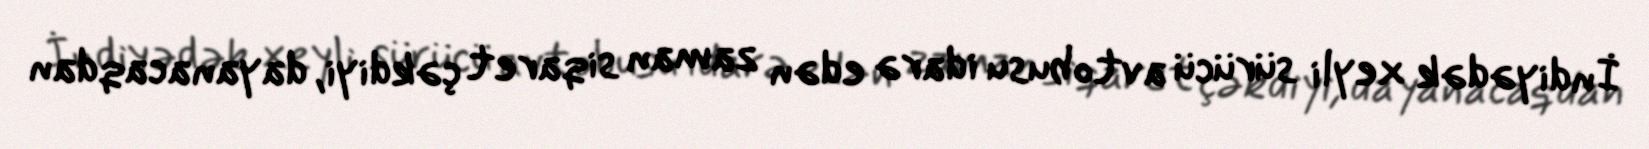
İndiyədək xeyli sürücü avtobusu idarə edən zaman siqaret çəkdiyi, dayanacaqdan